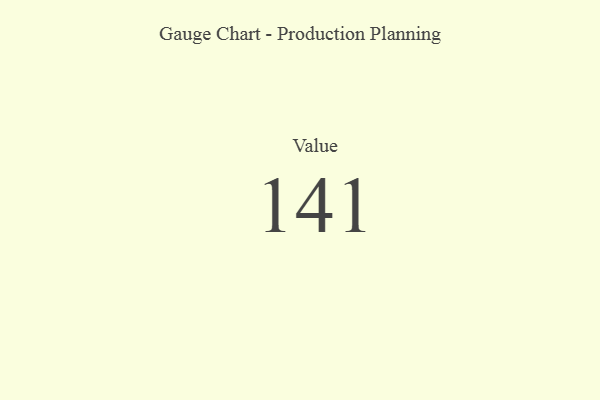
{"axis": {"x": "Metric", "y": "Value"}, "legend": [""], "data": [{"x": "Value", "y": 141, "type": ""}]}